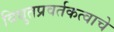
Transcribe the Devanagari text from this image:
विद्युतप्रवर्तकत्वाचे